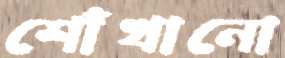
শোঁখানো